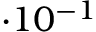
\cdot 1 0 ^ { - 1 }